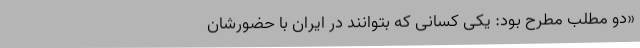
«دو مطلب‌ مطرح‌ بود: یکی‌ کسانی‌ که‌ بتوانند در ایران‌ با حضورشان‌